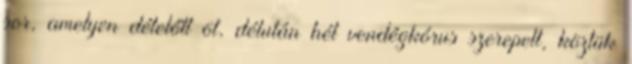
sor, amelyen délelőtt öt, délután hét vendégkórus szerepelt, köztük